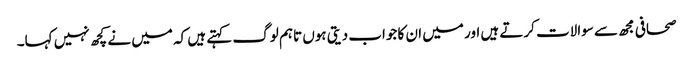
صحافی مجھ سے سوالات کرتے ہیں اور میں ان کا جواب دیتی ہوں تاہم لوگ کہتے ہیں کہ میں نے کچھ نہیں کہا۔